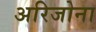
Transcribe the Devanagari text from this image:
अरिजोना